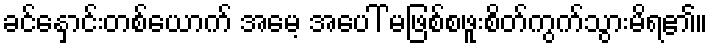
ခင်နှောင်းတစ်ယောက် အမေ့ အပေါ် မဖြစ်စဖူးစိတ်ကွက်သွားမိရ၏။